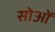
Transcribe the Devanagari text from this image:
सोओं